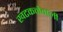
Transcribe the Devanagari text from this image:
खटकनेवाली